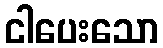
ငါပေးသော